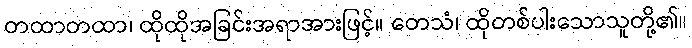
တထာတထာ၊ ထိုထိုအခြင်းအရာအားဖြင့်။ တေသံ၊ ထိုတစ်ပါးသောသူတို့၏။